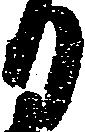
日